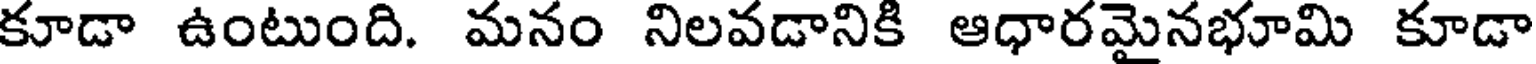
కూడా ఉంటుంది. మనం నిలవడానికి ఆధారమైనభూమి కూడా